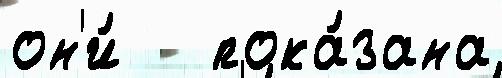
он'и́   пока́зана